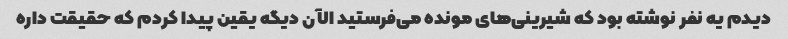
دیدم یه نفر نوشته بود که شیرینی‌های مونده می‌فرستید الآن دیگه یقین پیدا کردم که حقیقت داره